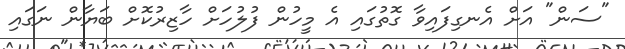
"ސަން" އަށް އެނގިފައިވާ ގޮތުގައި އެ މީހުން ފުލުހަށް ހާޒިރުކޮށް ބަޔާން ނަގައި